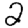
Digit: 2